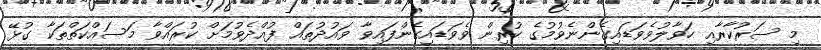
މި ސަރުކާރާއި ހަވާލުވެވަޑައިގެންނެވުމުގެ ކުރިން ވެވަޑައިގެންފައިވާ ވައުދުތައް ފުއްދެވުމަށް ކުރައްވާ މަސައްކަތްތަކާ ގުޅޭ